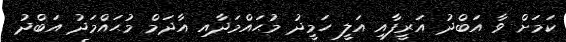
ކަމަށް ވާ އަބްދު އަރީފާއި އަލީ ހަމީދު މުޙައްމަދާއި އާދަމް މުޙައްމަދު އަބްދު